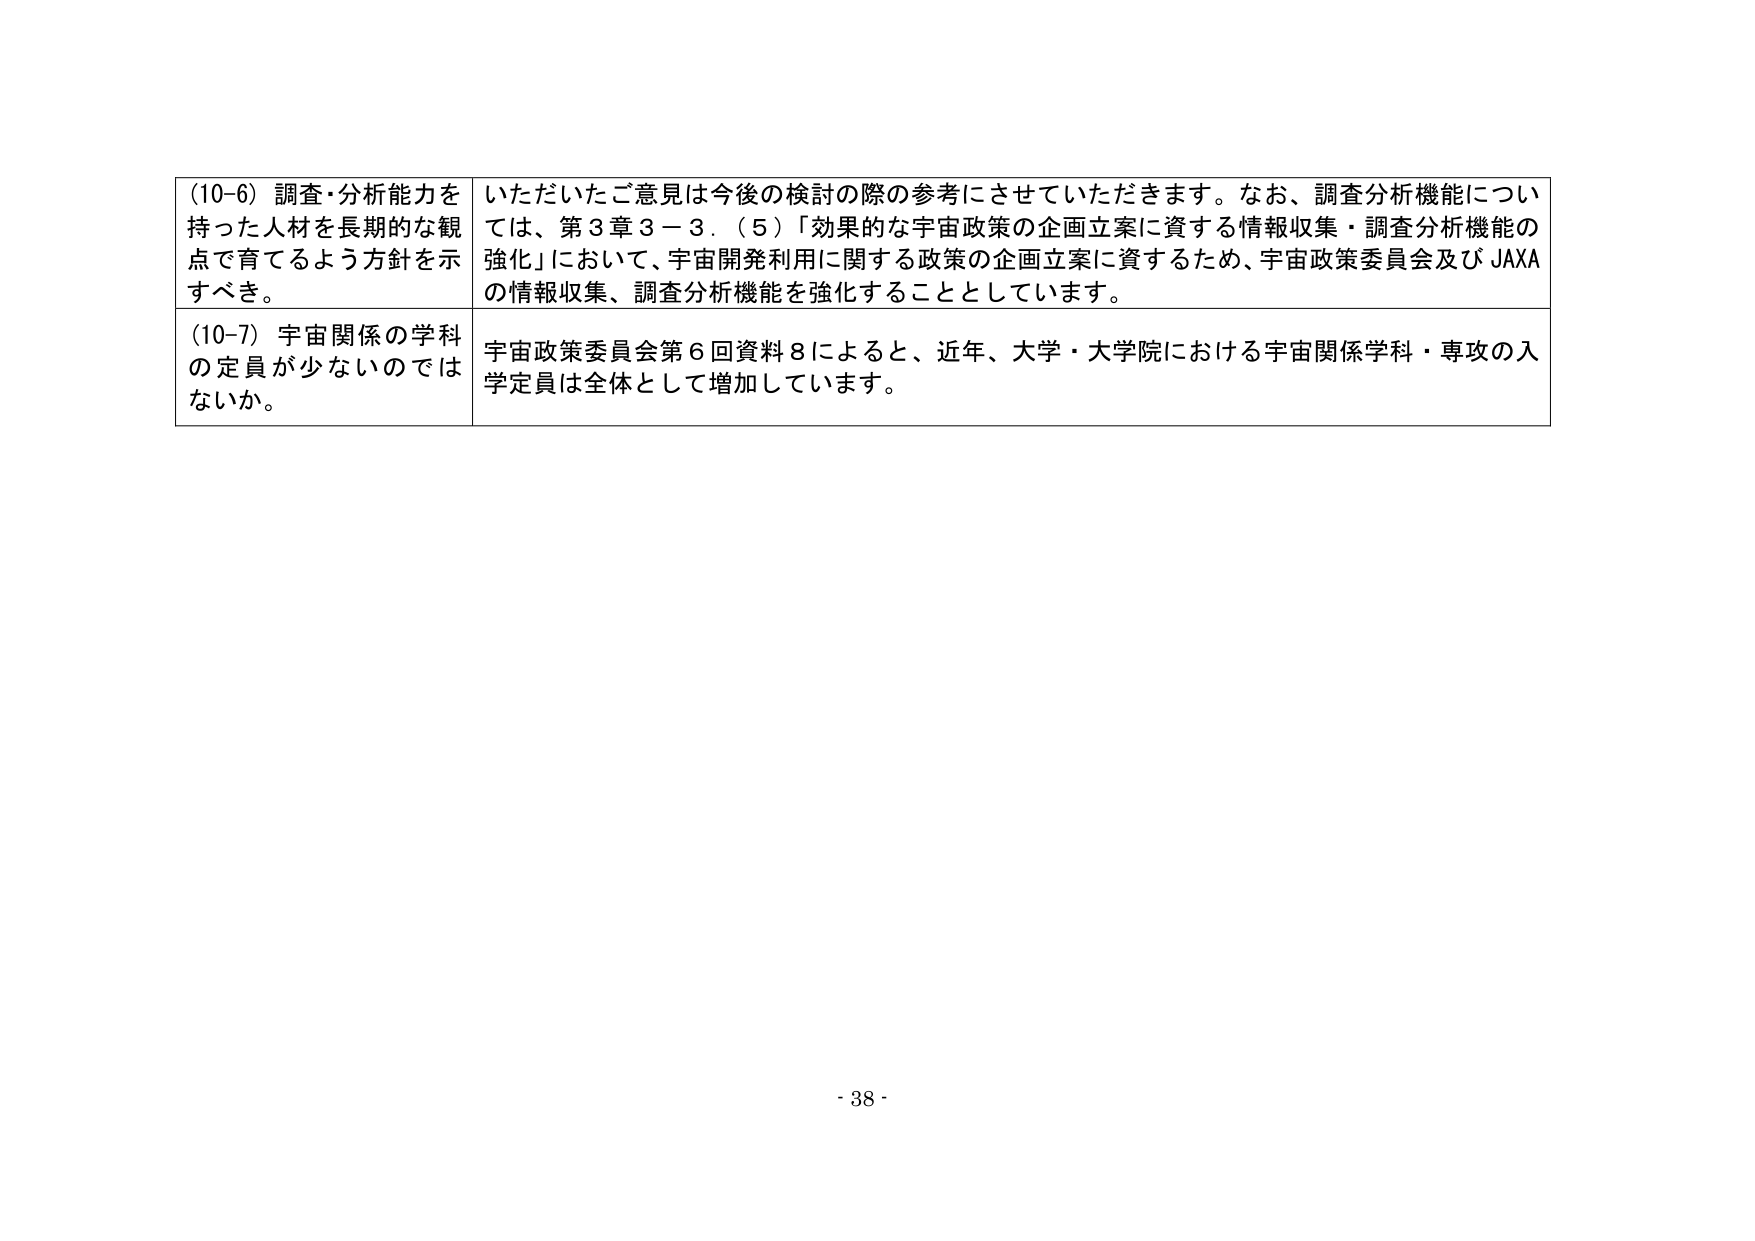
(10-6) 調査・分析能力を持った人材を長期的な観点で育てるよう方針を示すべき。

いただいたご意見は今後の検討の際の参考にさせていただきます。なお、調査分析機能については、第3章3－3．(5)「効果的な宇宙政策の企画立案に資する情報収集・調査分析機能の強化」において、宇宙開発利用に関する政策の企画立案に資するため、宇宙政策委員会及びJAXAの情報収集、調査分析機能を強化することとしています。

(10-7) 宇宙関係の学科の定員が少ないのではないか。

宇宙政策委員会第6回資料8によると、近年、大学・大学院における宇宙関係学科・専攻の入学定員は全体として増加しています。

- 38 -